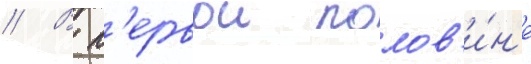
// В п'ервои полов'и́н'е